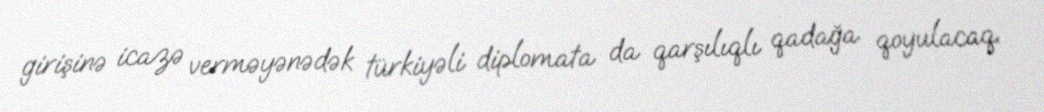
girişinə icazə verməyənədək türkiyəli diplomata da qarşılıqlı qadağa qoyulacaq.